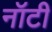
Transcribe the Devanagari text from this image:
नॉटी